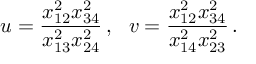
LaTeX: u = \frac { x _ { 1 2 } ^ { 2 } x _ { 3 4 } ^ { 2 } } { x _ { 1 3 } ^ { 2 } x _ { 2 4 } ^ { 2 } } \, , \, \, \, \, v = \frac { x _ { 1 2 } ^ { 2 } x _ { 3 4 } ^ { 2 } } { x _ { 1 4 } ^ { 2 } x _ { 2 3 } ^ { 2 } } \, .